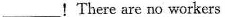
___!There are no workers